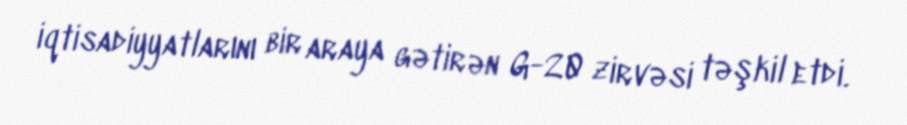
iqtisadiyyatlarını bir araya gətirən G-20 zirvəsi təşkil etdi.